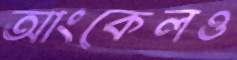
আংকেলও